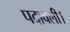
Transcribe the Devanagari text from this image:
पदावली।